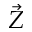
\vec { Z }